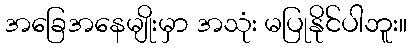
အခြေအနေမျိုးမှာ အသုံး မပြုနိုင်ပါဘူး။